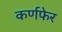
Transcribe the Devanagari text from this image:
कर्णफेर